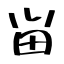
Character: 畄